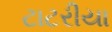
ટાટરીયા